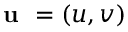
\textbf { u } = ( u , v )